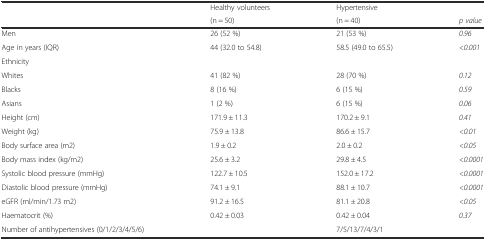
|  | Healthy volunteers | Hypertensive |  |
 |  | (n = 50) | (n = 40) | p value |
 | --- | --- | --- | --- |
 | Men | 26 (52 %) | 21 (53 %) | 0.96 |
 | Age in years (IQR) | 44 (32.0 to 54.8) | 58.5 (49.0 to 65.5) | <0.001 |
 | <COLSPAN=4> Ethnicity |
 | Whites | 41 (82 %) | 28 (70 %) | 0.12 |
 | Blacks | 8 (16 %) | 6 (15 %) | 0.59 |
 | Asians | 1 (2 %) | 6 (15 %) | 0.06 |
 | Height (cm) | 171.9 ± 11.3 | 170.2 ± 9.1 | 0.41 |
 | Weight (kg) | 75.9 ± 13.8 | 86.6 ± 15.7 | <0.01 |
 | Body surface area (m2) | 1.9 ± 0.2 | 2.0 ± 0.2 | <0.05 |
 | Body mass index (kg/m2) | 25.6 ± 3.2 | 29.8 ± 4.5 | <0.0001 |
 | Systolic blood pressure (mmHg) | 122.7 ± 10.5 | 152.0 ± 17.2 | <0.0001 |
 | Diastolic blood pressure (mmHg) | 74.1 ± 9.1 | 88.1 ± 10.7 | <0.0001 |
 | eGFR (ml/min/1.73 m2) | 91.2 ± 16.5 | 81.1 ± 20.8 | <0.05 |
 | Haematocrit (%) | 0.42 ± 0.03 | 0.42 ± 0.04 | 0.37 |
 | Number of antihypertensives (0/1/2/3/4/5/6) |  | 7/5/13/7/4/3/1 |  |